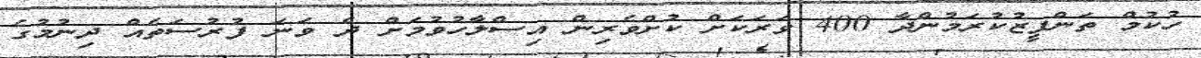
ހުކުމް ތަންފީޒުކުރަމުންދާ 400 ވަރަކަށް ކުށްވެރިން އިސްލާހުވުމަށް ދެ ވަނަ ފުރުސަތެއް ދިނުމުގެ